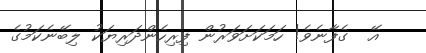
އޭ  ގެފާނެވެ! ހަމަކަށަވަރުން ފިރިހެންދަރިޔަކު ލިބޭނެކަމުގެ